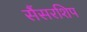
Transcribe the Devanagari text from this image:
सैंसरशिप